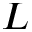
L